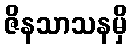
ဇိနသာသနမှိ